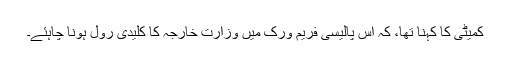
کمیٹی کا کہنا تھا، کہ اس پالیسی فریم ورک میں وزارت خارجہ کا کلیدی رول ہونا چاہئے۔